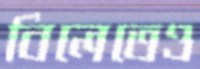
বিলেতেও